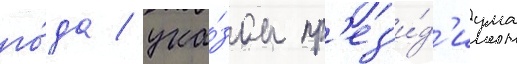
го́да / ука́зом пр'ез'и́д'иума